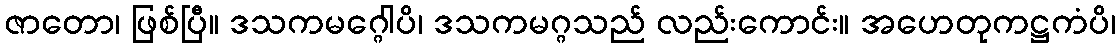
ဇာတော၊ ဖြစ်ပြီ။ ဒသကမဂ္ဂေါပိ၊ ဒသကမဂ္ဂသည် လည်းကောင်း။ အဟေတုကဋ္ဌကံပိ၊